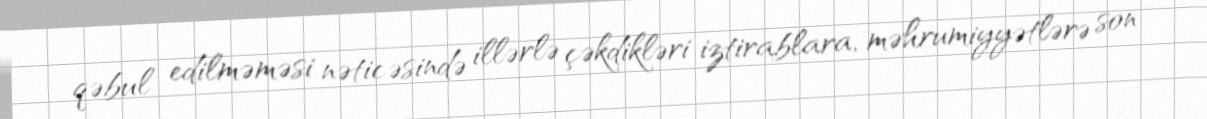
qəbul edilməməsi nəticəsində illərlə çəkdikləri iztirablara, məhrumiyyətlərə son